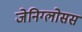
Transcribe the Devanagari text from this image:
जेनिग्लोसस